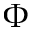
\Phi